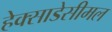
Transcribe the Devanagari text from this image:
हेक्साडेसीमल